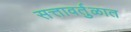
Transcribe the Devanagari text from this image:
सत्तावर्तुळात